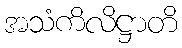
အသံကိလိဋ္ဌာတိ